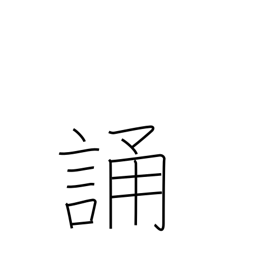
Meaning: recite